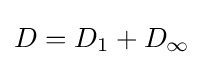
D=D_{1}+D_{\infty }